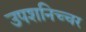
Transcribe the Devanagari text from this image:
उपशनिच्चर